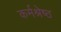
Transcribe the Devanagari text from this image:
कर्मश्रेष्ठ